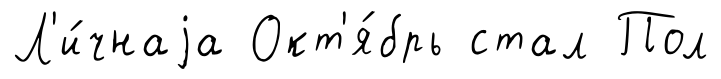
Л'и́чнаjа Окт'я́брь стал Пол